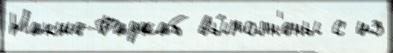
Накше-Раджаб вы́полн'ены с из